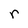
Character: r